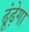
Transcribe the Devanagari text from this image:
ढूंढ़ेगा